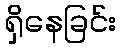
ရှိနေခြင်း